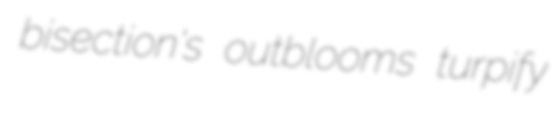
bisection's outblooms turpify